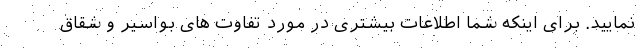
نمایید. برای اینکه شما اطلاعات بیشتری در مورد تفاوت های بواسیر و شقاق